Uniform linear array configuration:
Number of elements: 64
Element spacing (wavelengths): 0.75
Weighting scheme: exponential
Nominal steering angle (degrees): -45
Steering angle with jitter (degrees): -44.827
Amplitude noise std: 0.05
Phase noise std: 0.05

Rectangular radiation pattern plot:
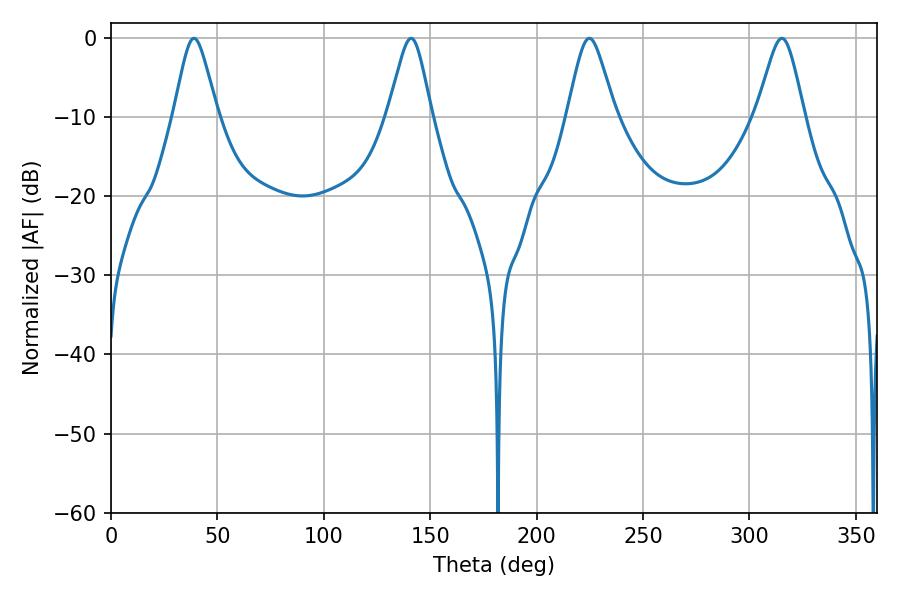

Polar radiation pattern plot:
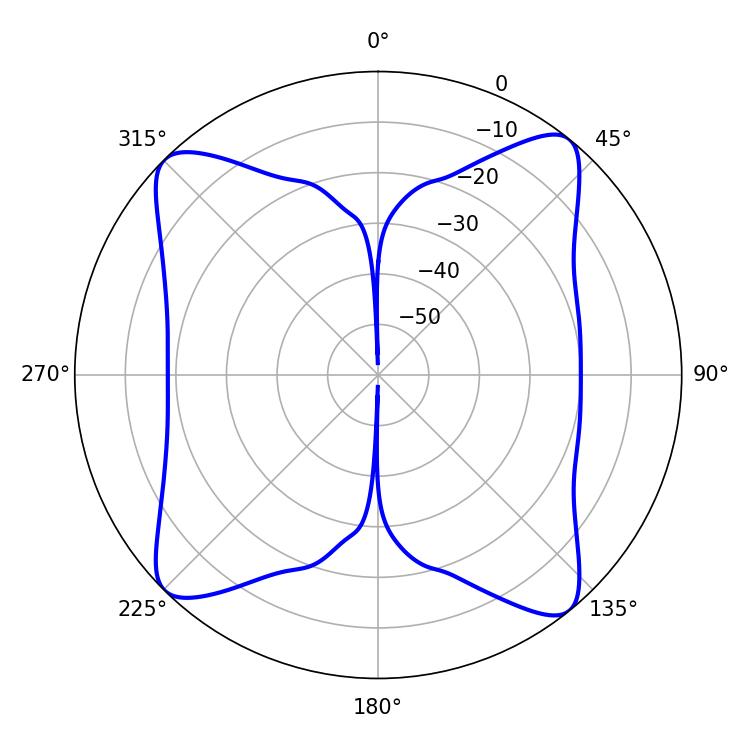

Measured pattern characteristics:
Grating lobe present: TRUE
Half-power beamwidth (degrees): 10.8
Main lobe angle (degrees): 224.82